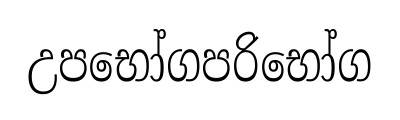
උපභෝගපරිභෝග